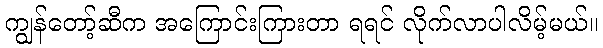
ကျွန်တော့်ဆီက အကြောင်းကြားတာ ရရင် လိုက်လာပါလိမ့်မယ်။